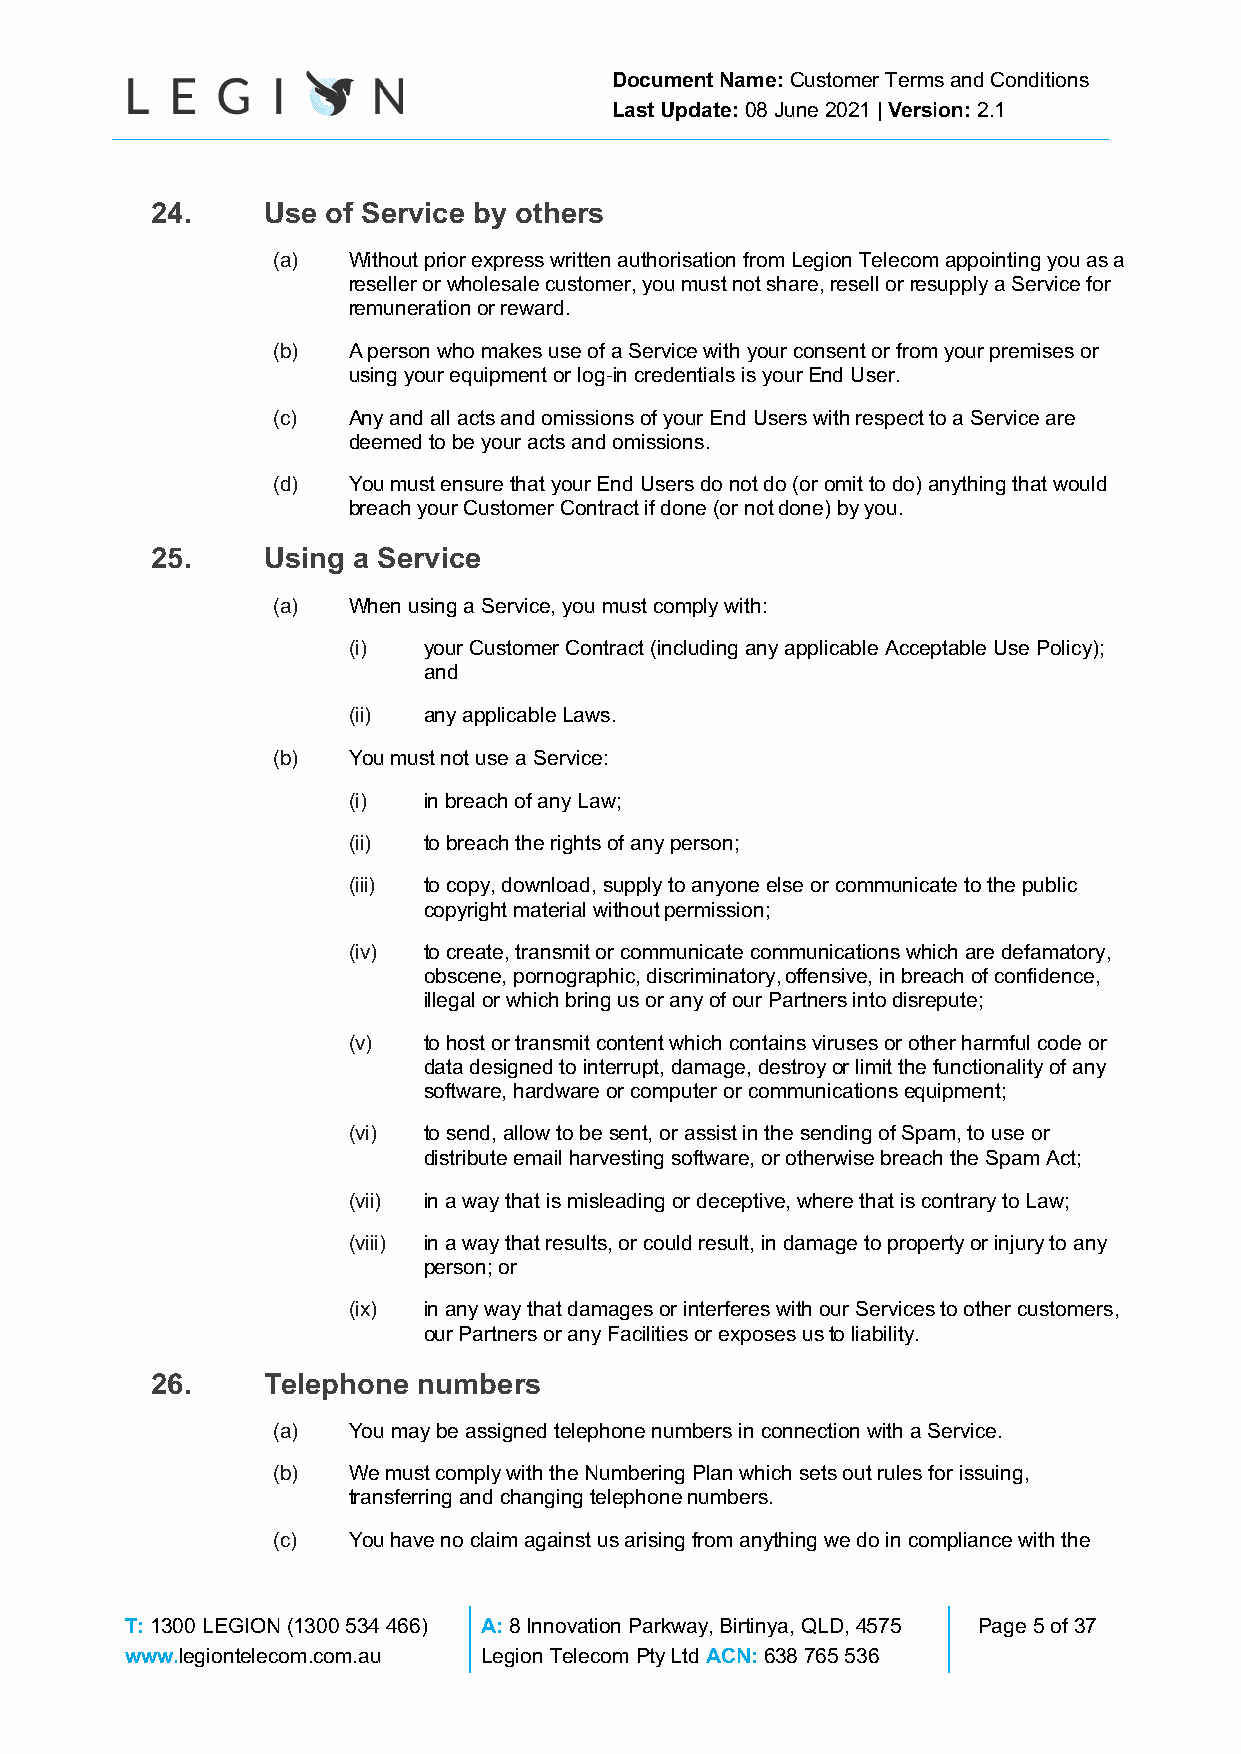
Document Name: Customer Terms and Conditions
 Last Update: 08 June 2021 | Version: 2.1
 24.    Use  of Service by others
 (a)  Without prior express written authorisation from Legion Telecom appointing you as a
 reseller or wholesale customer, you must not share, resell or resupply a Service for
 remuneration or reward.
 (b)  A person who makes use of a Service with your consent or from your premises or
 using your equipment or log-in credentials is your End User.
 (c)  Any and all acts and omissions of your End Users with respect to a Service are
 deemed to be your acts and omissions.
 (d)  You must ensure that your End Users do not do (or omit to do) anything that would
 breach your Customer Contract if done (or not done) by you.
 25.    Using a Service
 (a)  When using a Service, you must comply with:
 (i)  your Customer Contract (including any applicable Acceptable Use Policy);
 and
 (ii) any applicable Laws.
 (b)  You must not use a Service:
 (i)  in breach of any Law;
 (ii) to breach the rights of any person;
 (iii) to copy, download, supply to anyone else or communicate to the public
 copyright material without permission;
 (iv) to create, transmit or communicate communications which are defamatory,
 obscene, pornographic, discriminatory, offensive, in breach of confidence,
 illegal or which bring us or any of our Partners into disrepute;
 (v)  to host or transmit content which contains viruses or other harmful code or
 data designed to interrupt, damage, destroy or limit the functionality of any
 software, hardware or computer or communications equipment;
 (vi) to send, allow to be sent, or assist in the sending of Spam, to use or
 distribute email harvesting software, or otherwise breach the Spam Act;
 (vii) in a way that is misleading or deceptive, where that is contrary to Law;
 (viii) in a way that results, or could result, in damage to property or injury to any
 person; or
 (ix) in any way that damages or interferes with our Services to other customers,
 our Partners or any Facilities or exposes us to liability.
 26.    Telephone  numbers
 (a)  You may be assigned telephone numbers in connection with a Service.
 (b)  We must comply with the Numbering Plan which sets out rules for issuing,
 transferring and changing telephone numbers.
 (c)  You have no claim against us arising from anything we do in compliance with the
 T: 1300 LEGION (1300 534 466) A: 8 Innovation Parkway, Birtinya, QLD, 4575 Page 5 of 37
 www.legiontelecom.com.au Legion Telecom Pty Ltd ACN: 638 765 536